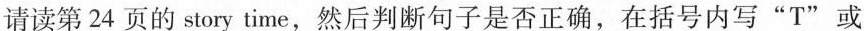
请读第 24 页的 story time,然后判断句子是否正确,在括号内写"T"或